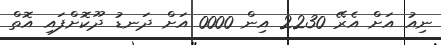
ނިއު އަށް އެރޭ 2230 އިން 0000 އަށް ދަނޑު ދޫކޮށްފައި އޮތް